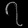
Digit: ၇